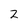
Character: 2